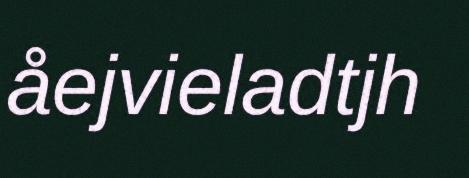
åejvieladtjh